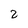
Character: 2